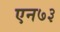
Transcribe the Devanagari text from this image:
एन७३